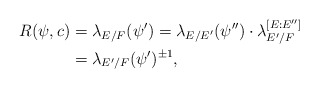
\begin{align*} R(\psi,c) &=\lambda_{E/F}(\psi')=\lambda_{E/E'}(\psi'')\cdot \lambda_{E'/F}^{[E:E'']}\\ &=\lambda_{E'/F}(\psi')^{\pm 1},\end{align*}